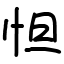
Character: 怛